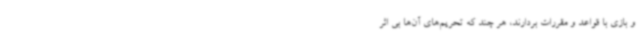
و بازی با قواعد و مقررات بردارند، هر چند که تحریم‌های آن‌ها بی اثر